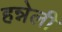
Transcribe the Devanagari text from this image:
हन्नेली